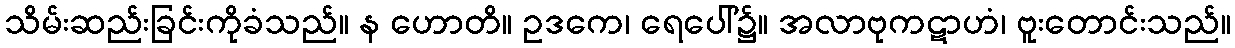
သိမ်းဆည်းခြင်းကိုခံသည်။ န ဟောတိ။ ဥဒကေ၊ ရေပေါ်၌။ အလာဗုကဋာဟံ၊ ဗူးတောင်းသည်။